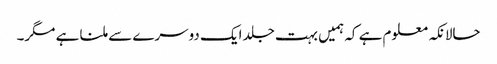
حالانکہ معلوم ہے کہ ہمیں بہت جلد ایک دوسرے سے ملنا ہے مگر۔